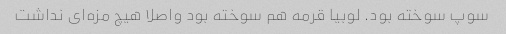
سوپ سوخته بود. لوبیا قرمه هم سوخته بود واصلا هیچ مزه‌ای نداشت